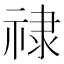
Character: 𫀘